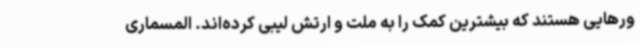
ورهایی هستند که بیشترین کمک را به ملت و ارتش لیبی کرده‌اند. المسماری